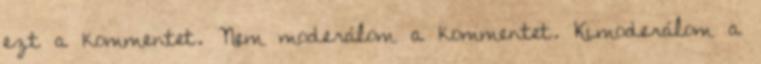
ezt a kommentet. Nem moderálom a kommentet. Kimoderálom a